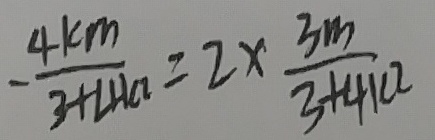
- \frac { 4 k m } { 3 + 4 1 a } = 2 \times \frac { 3 m } { 3 + 4 k 2 }